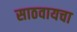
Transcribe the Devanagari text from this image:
साठवायचा